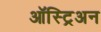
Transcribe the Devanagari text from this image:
ऑस्ट्रिअन